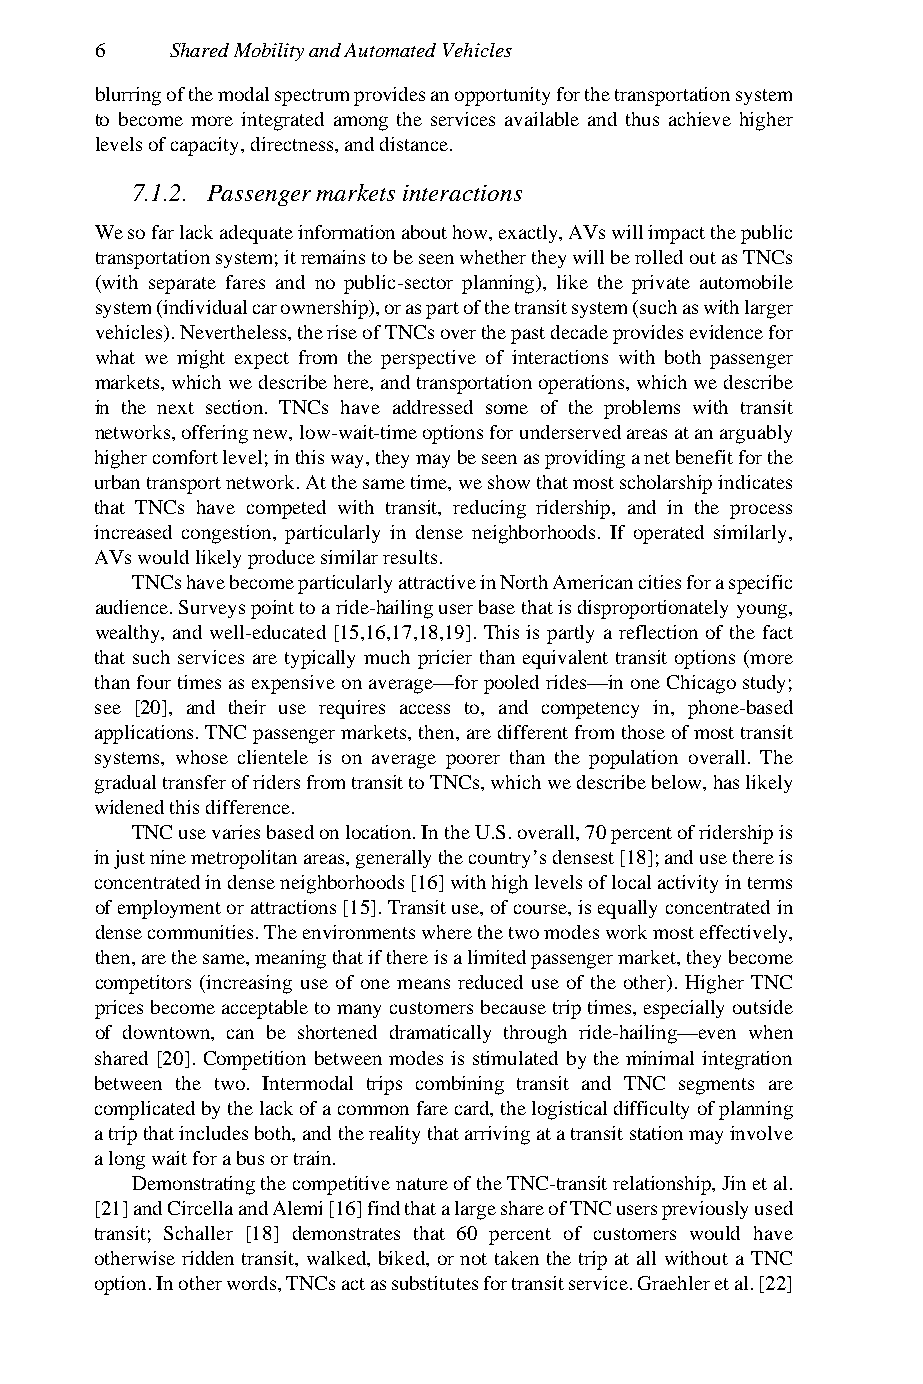
6    Shared Mobility and Automated Vehicles
 blurring of the modal spectrum provides an opportunity for the transportation system
 to become more integrated among the services available and thus achieve higher
 levels of capacity, directness, and distance.
 7.1.2. Passenger markets interactions
 We so far lack adequate information about how, exactly, AVs will impact the public
 transportation system; it remains to be seen whether they will be rolled out as TNCs
 (with separate fares and no public-sector planning), like the private automobile
 system (individual car ownership), or as part of the transit system (such as with larger
 vehicles). Nevertheless, the rise of TNCs over the past decade provides evidence for
 what we might expect from the perspective of interactions with both passenger
 markets, which we describe here, and transportation operations, which we describe
 in the next section. TNCs have addressed some of the problems with transit
 networks, offering new, low-wait-time options for underserved areas at an arguably
 higher comfort level; in this way, they may be seen as providing a net benefit for the
 urban transport network. At the same time, we show that most scholarship indicates
 that TNCs have competed with transit, reducing ridership, and in the process
 increased congestion, particularly in dense neighborhoods. If operated similarly,
 AVs would likely produce similar results.
 TNCs have become particularly attractive in North American cities for a specific
 audience. Surveys point to a ride-hailing user base that is disproportionately young,
 wealthy, and well-educated [15,16,17,18,19]. This is partly a reflection of the fact
 that such services are typically much pricier than equivalent transit options (more
 than four times as expensive on average—for pooled rides—in one Chicago study;
 see [20], and their use requires access to, and competency in, phone-based
 applications. TNC passenger markets, then, are different from those of most transit
 systems, whose clientele is on average poorer than the population overall. The
 gradual transfer of riders from transit to TNCs, which we describe below, has likely
 widened this difference.
 TNC use varies based on location. In the U.S. overall, 70 percent of ridership is
 in just nine metropolitan areas, generally the country’s densest [18]; and use there is
 concentrated in dense neighborhoods [16] with high levels of local activity in terms
 of employment or attractions [15]. Transit use, of course, is equally concentrated in
 dense communities. The environments where the two modes work most effectively,
 then, are the same, meaning that if there is a limited passenger market, they become
 competitors (increasing use of one means reduced use of the other). Higher TNC
 prices become acceptable to many customers because trip times, especially outside
 of downtown, can be shortened dramatically through ride-hailing—even when
 shared [20]. Competition between modes is stimulated by the minimal integration
 between the two. Intermodal trips combining transit and TNC segments are
 complicated by the lack of a common fare card, the logistical difficulty of planning
 a trip that includes both, and the reality that arriving at a transit station may involve
 a long wait for a bus or train.
 Demonstrating the competitive nature of the TNC-transit relationship, Jin et al.
 [21] and Circella and Alemi [16] find that a large share of TNC users previously used
 transit; Schaller [18] demonstrates that 60 percent of customers would have
 otherwise ridden transit, walked, biked, or not taken the trip at all without a TNC
 option. In other words, TNCs act as substitutes for transit service. Graehler et al. [22]